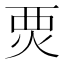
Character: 䙳